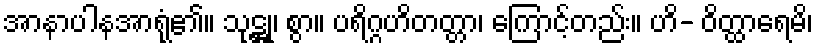
အာနာပါနအာရုံ၏။ သုဋ္ဌု၊ စွာ။ ပရိဂ္ဂဟိတတ္တာ၊ ကြောင့်တည်း။ ဟိ- ဝိတ္ထာရေမိ၊